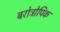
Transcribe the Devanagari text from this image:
बरोत्रोपिक